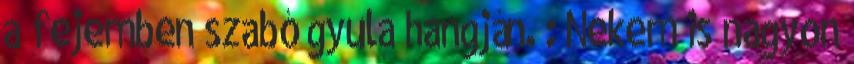
a fejemben szabó gyula hangján. : Nekem is nagyon